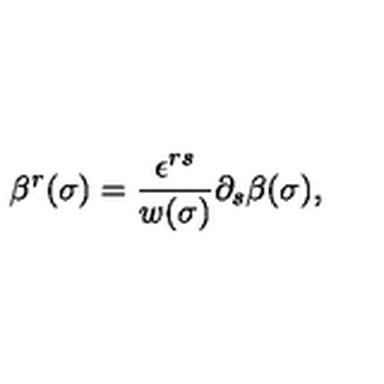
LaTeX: \beta ^ { r } ( \sigma ) = \frac { \epsilon ^ { r s } } { w ( \sigma ) } \partial _ { s } \beta ( \sigma ) ,